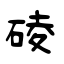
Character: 碐